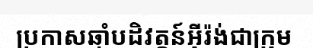
ប្រកាសឆ្មាំបដិវត្តន៍អ៊ីរ៉ង់ជាក្រុម